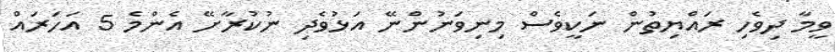
ވީމާ ދިވެހި ރައްޔިތުން ނަކީވެސް މިނިވަނުންނޭ އަޅުވެދި ނުކުރާށޭ އެންމެ 5 އަހަރައް